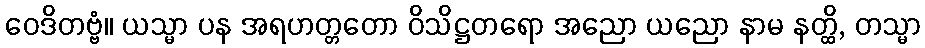
ဝေဒိတဗ္ဗံ။ ယသ္မာ ပန အရဟတ္တတော ဝိသိဋ္ဌတရော အညော ယညော နာမ နတ္ထိ, တသ္မာ